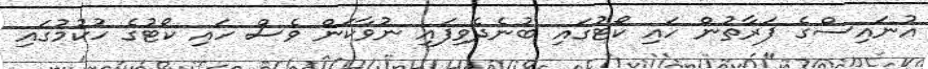
އުނައިސްގެ ފަރާތުން ހައި ކޯޓުގައި ބުނެދެވިފައި ނުވާކަން ވެސް ހައި ކޯޓުގެ ހުކުމުގައި